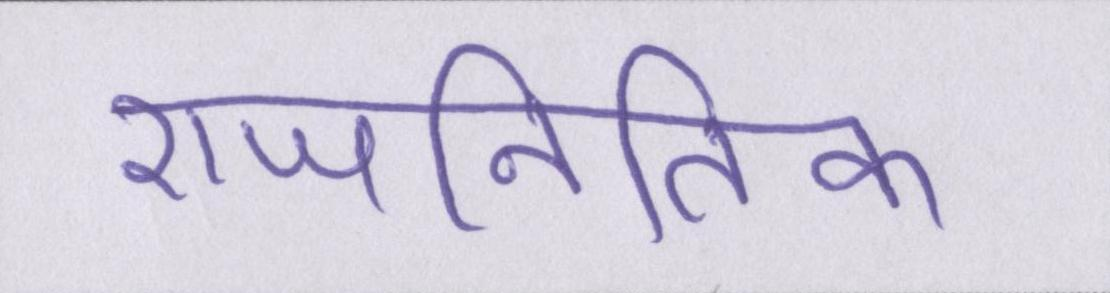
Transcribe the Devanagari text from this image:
राजनितिक